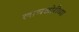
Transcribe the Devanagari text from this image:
लाचखोरीच्या